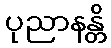
ပုညာနန္တိ